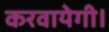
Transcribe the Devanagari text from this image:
करवायेगी।